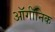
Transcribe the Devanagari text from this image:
ऑर्गॉनिक